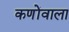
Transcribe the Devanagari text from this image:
कणोंवाला